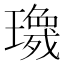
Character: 𱯷